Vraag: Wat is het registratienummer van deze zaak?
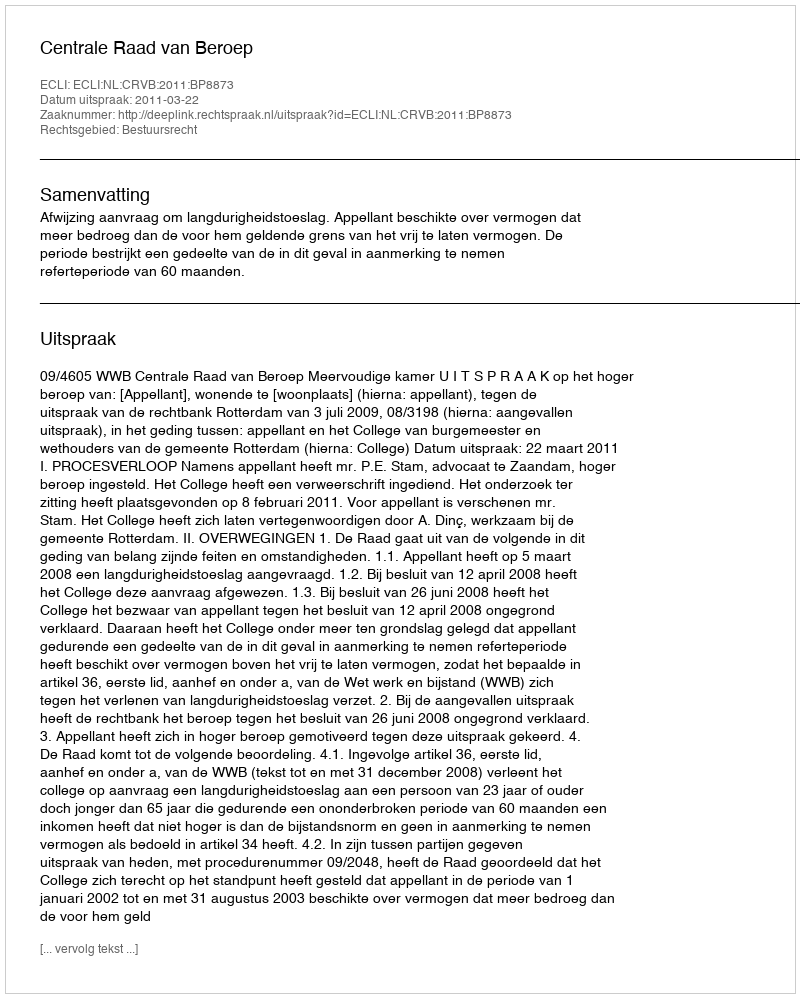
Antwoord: http://deeplink.rechtspraak.nl/uitspraak?id=ECLI:NL:CRVB:2011:BP8873